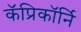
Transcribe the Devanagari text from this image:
कॅप्रिकॉर्नि